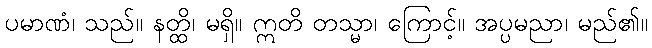
ပမာဏံ၊ သည်။ နတ္ထိ၊ မရှိ။ ဣတိ တသ္မာ၊ ကြောင့်။ အပ္ပမညာ၊ မည်၏။